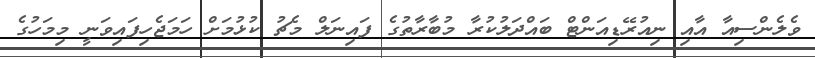
ވެލެންސިއާ އާއި ނިއުރޭޑިއަންޓް ބައްދަލުކުރާ މުބާރާތުގެ ފައިނަލް މެޗު ކުޅުމަށް ހަމަޖެހިފައިވަނީ މިމަހުގެ